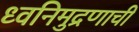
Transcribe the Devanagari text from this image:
ध्वनिमुद्रणाची